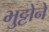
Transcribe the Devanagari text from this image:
भुट्टोने